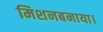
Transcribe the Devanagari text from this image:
मिशनबनाया।